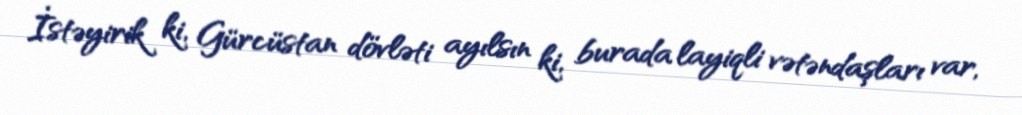
İstəyirik ki, Gürcüstan dövləti ayılsın ki, burada layiqli vətəndaşları var,